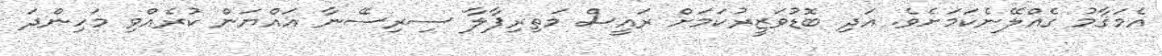
އެމަޤާމު ގެއްލޭނެކަމަށެވެ. އަދި ބޮޑުވަޒީރުކަމަށް ރައީސް މަތިރިޕާލާ ސިރިސޭނާ އައްޔަން ކުރެއްވި މަހިންދަ